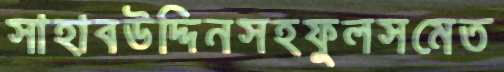
সাহাবউদ্দিনসহফুলসমেত